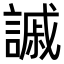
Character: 𧫳